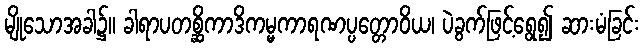
မျိုသောအခါ၌။ ခါရာပတစ္ဆိကာဒိကမ္မကာရဏပ္ပတ္တောဝိယ၊ ပဲခွက်ဖြင့်ရွေ၍ ဆားမံခြင်း